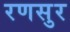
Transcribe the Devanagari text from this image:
रणसुर